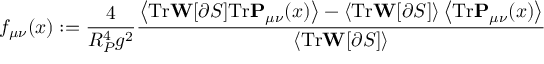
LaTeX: f _ { \mu \nu } ( x ) : = \frac { 4 } { R _ { P } ^ { 4 } g ^ { 2 } } \frac { \left< \mathrm { T r } \mathbf { W } [ \partial S ] \mathrm { T r } \mathbf { P } _ { \mu \nu } ( x ) \right> - \left< \mathrm { T r } \mathbf { W } [ \partial S ] \right> \left< \mathrm { T r } \mathbf { P } _ { \mu \nu } ( x ) \right> } { \left< \mathrm { T r } \mathbf { W } [ \partial S ] \right> }